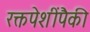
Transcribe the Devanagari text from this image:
रक्तपेशींपैकी